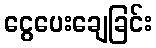
ငွေပေးချေခြင်း